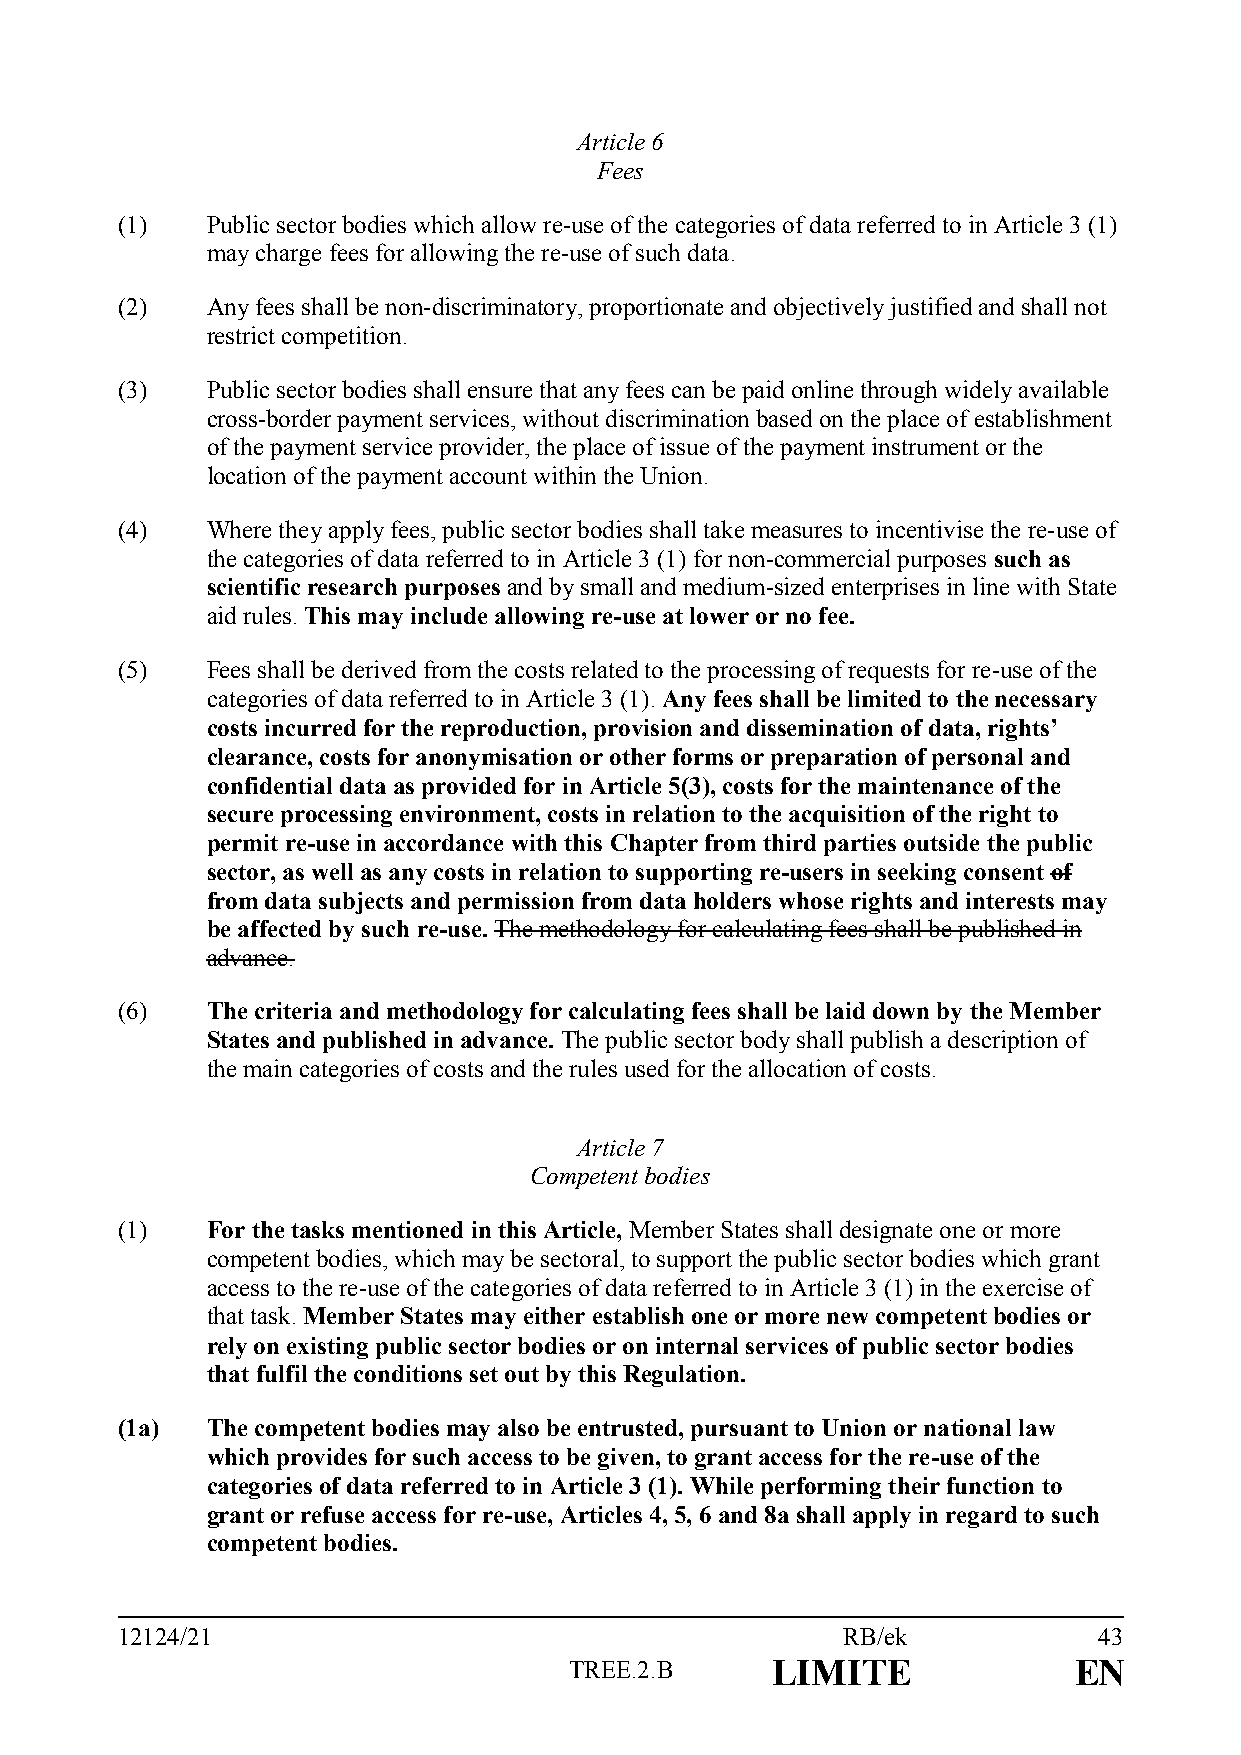
Article 6
 Fees
 (1)   Public sector bodies which allow re-use of the categories of data referred to in Article 3 (1)
 may charge fees for allowing the re-use of such data.
 (2)   Any fees shall be non-discriminatory, proportionate and objectively justified and shall not
 restrict competition.
 (3)   Public sector bodies shall ensure that any fees can be paid online through widely available
 cross-border payment services, without discrimination based on the place of establishment
 of the payment service provider, the place of issue of the payment instrument or the
 location of the payment account within the Union.
 (4)   Where they apply fees, public sector bodies shall take measures to incentivise the re-use of
 the categories of data referred to in Article 3 (1) for non-commercial purposes such as
 scientific research purposes and by small and medium-sized enterprises in line with State
 aid rules. This may include allowing re-use at lower or no fee.
 (5)   Fees shall be derived from the costs related to the processing of requests for re-use of the
 categories of data referred to in Article 3 (1). Any fees shall be limited to the necessary
 costs incurred for the reproduction, provision and dissemination of data, rights’
 clearance, costs for anonymisation or other forms or preparation of personal and
 confidential data as provided for in Article 5(3), costs for the maintenance of the
 secure processing environment, costs in relation to the acquisition of the right to
 permit re-use in accordance with this Chapter from third parties outside the public
 sector, as well as any costs in relation to supporting re-users in seeking consent of
 from data subjects and permission from data holders whose rights and interests may
 be affected by such re-use. The methodology for calculating fees shall be published in
 advance.
 (6)   The criteria and methodology for calculating fees shall be laid down by the Member
 States and published in advance. The public sector body shall publish a description of
 the main categories of costs and the rules used for the allocation of costs.
 Article 7
 Competent bodies
 (1)   For the tasks mentioned in this Article, Member States shall designate one or more
 competent bodies, which may be sectoral, to support the public sector bodies which grant
 access to the re-use of the categories of data referred to in Article 3 (1) in the exercise of
 that task. Member States may either establish one or more new competent bodies or
 rely on existing public sector bodies or on internal services of public sector bodies
 that fulfil the conditions set out by this Regulation.
 (1a)  The competent bodies may also be entrusted, pursuant to Union or national law
 which provides for such access to be given, to grant access for the re-use of the
 categories of data referred to in Article 3 (1). While performing their function to
 grant or refuse access for re-use, Articles 4, 5, 6 and 8a shall apply in regard to such
 competent bodies.
 12124/21                                        RB/ek            43
 TREE.2.B     LIMITE              EN